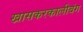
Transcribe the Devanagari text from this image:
खासकरकालीबंग